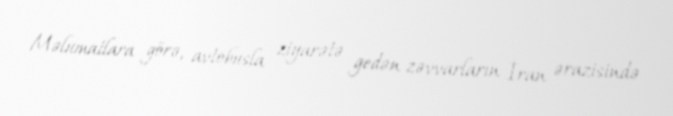
Məlumatlara görə, avtobusla ziyarətə gedən zəvvarların İran ərazisində